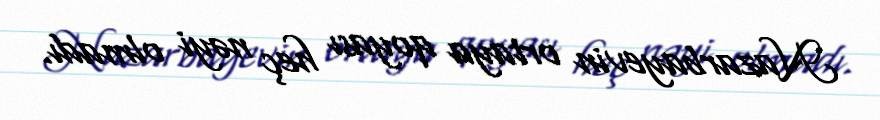
Nazarbayevin ortaya qoyası heç nəyi olmadı.